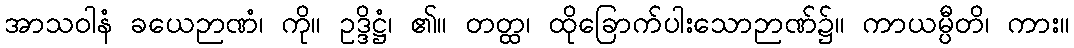
အာသဝါနံ ခယေဉာဏံ၊ ကို။ ဥဒ္ဒိဋ္ဌံ၊ ၏။ တတ္ထ၊ ထိုခြောက်ပါးသောဉာဏ်၌။ ကာယမ္ပီတိ၊ ကား။